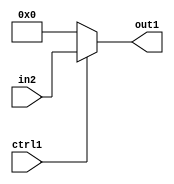
`timescale 1ps / 1ps
/*****************************************************************************
    Verilog RTL Description
    
    
    Created by: Stratus DpOpt 2019.1.01 
*******************************************************************************/

module feature_write_addr_gen_Muxu32i0u1_4_2 (
	in2,
	ctrl1,
	out1
	); /* architecture "behavioural" */ 
input [31:0] in2;
input  ctrl1;
output [31:0] out1;
wire [31:0] asc001;

reg [31:0] asc001_tmp_0;
assign asc001 = asc001_tmp_0;
always @ (ctrl1 or in2) begin
	case (ctrl1)
		1'B1 : asc001_tmp_0 = in2 ;
		default : asc001_tmp_0 = 32'B00000000000000000000000000000000 ;
	endcase
end

assign out1 = asc001;
endmodule

/* CADENCE  v7HxTAs= : u9/ySgnWtBlWxVPRXgAZ4Og= ** DO NOT EDIT THIS LINE ******/